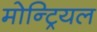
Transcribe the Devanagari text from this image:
मोन्ट्रियल